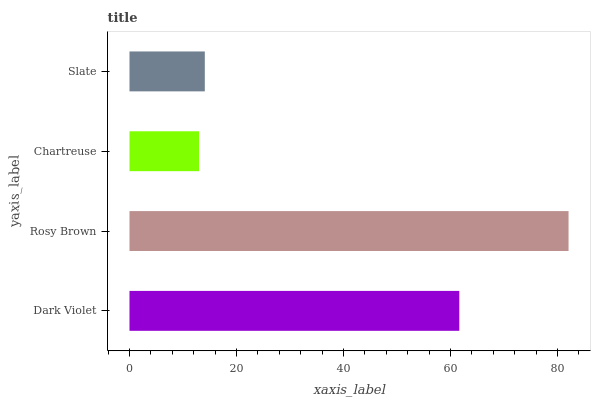
| yaxis_label | bars |
 | --- | --- |
 | Dark Violet | 61.6 |
 | Rosy Brown | 82.1 |
 | Chartreuse | 13 |
 | Slate | 14.1 |